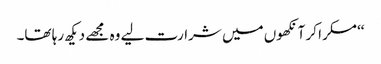
‘‘مسکرا کر آنکھوں میں شرارت لیے وہ مجھے دیکھ رہا تھا۔